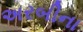
અરબીના